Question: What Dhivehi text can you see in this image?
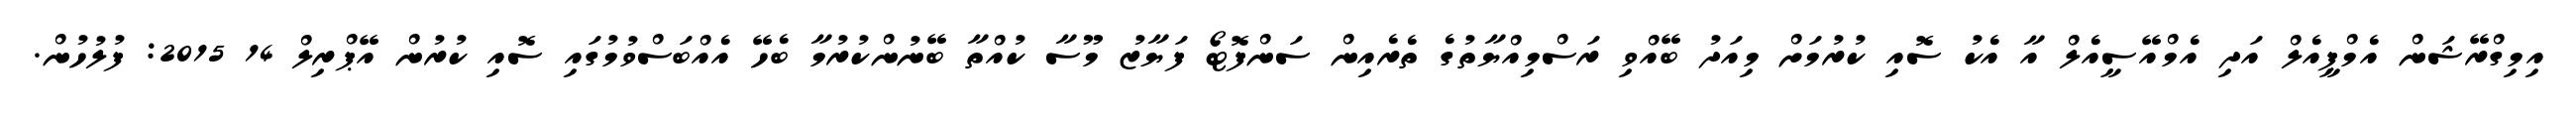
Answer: އިމިގްރޭޝަން އެމްޕީއެލް އަދި އެމްއޭސީއެލް އާ އެކު ސޮއި ކުރުމަށް މިއަދު ބޭއްވި ރަސްމިއްޔާތުގެ ތެރެއިން ސަންފޮޓޯ ފަޔާޒު މޫސާ ކުއްތާ ބޭނުންކުރުމާ ބެހޭ އެއްބަސްވުމުގައި ސޮއި ކުރުން އޭޕްރިލް 14 2015: ފުލުހުން.